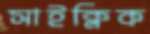
সাইক্লিক